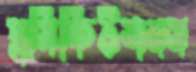
প্রসিকিউশনস